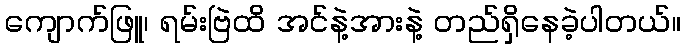
ကျောက်ဖြူ၊ ရမ်းဗြဲထိ အင်နဲ့အားနဲ့ တည်ရှိနေခဲ့ပါတယ်။